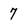
Character: 7